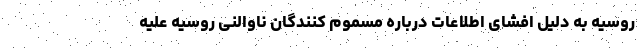
روسیه به دلیل افشای اطلاعات درباره مسموم کنندگان ناوالنی روسیه علیه